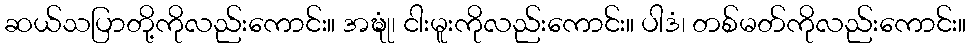
ဆယ်သပြာတို့ကိုလည်းကောင်း။ အဍ္ဎုံ၊ ငါးမူးကိုလည်းကောင်း။ ပါဒံ၊ တစ်မတ်ကိုလည်းကောင်း။